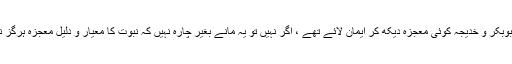
کیا ابوبکر و خدیجہ کوئی معجزہ دیکھ کر ایمان لائے تھے ، اگر نہیں تو یہ مانے بغیر چارہ نہیں کہ نبوت کا معیار و دلیل معجزہ ہرگز نہیں۔